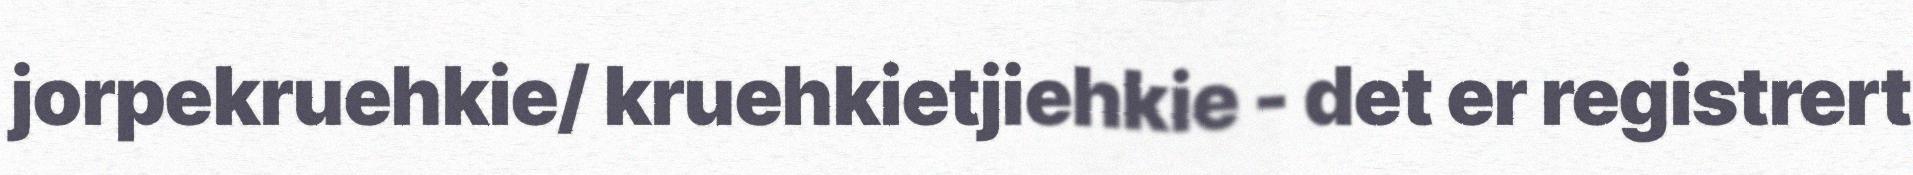
jorpekruehkie/ kruehkietjiehkie - det er registrert